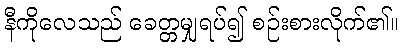
နီကိုလေသည် ခေတ္တမျှရပ်၍ စဉ်းစားလိုက်၏။